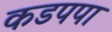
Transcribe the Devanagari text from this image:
कडपपा